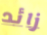
زائد